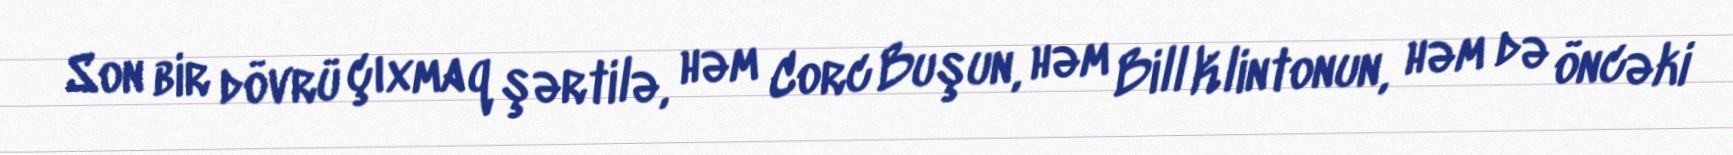
Son bir dövrü çıxmaq şərtilə, həm Corc Buşun, həm Bill Klintonun, həm də öncəki